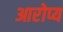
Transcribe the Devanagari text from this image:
आरोप्य